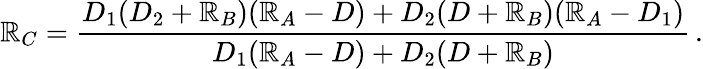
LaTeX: \mathbb{R}_{C}={\frac{{D_{1}(D_{2}+\mathbb{R}_{B})(\mathbb{R}_{A}-D)+D_{2}(D+\mathbb{R}_{B})(\mathbb{R}_{A}-D_{1})}}{{D_{1}(\mathbb{R}_{A}-D)+D_{2}(D+\mathbb{R}_{B})}}}\, .